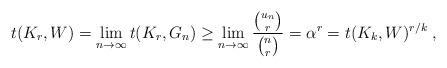
LaTeX: \begin{align*} t(K_r, W) = \lim_{n \to \infty} t(K_r, G_n) \ge \lim_{n \to \infty} \frac{\binom{u_n}{r}}{\binom{n}{r}} = \alpha^r = t(K_k,W)^{r/k} \;,\end{align*}